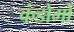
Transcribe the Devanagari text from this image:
कंडोमों